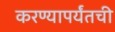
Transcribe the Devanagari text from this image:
करण्यापर्यंतची